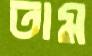
তাম